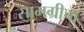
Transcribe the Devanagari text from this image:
सामग्रीचा